Civil Veterinary Dept. Assam report 1911-1927 - 1911-1927
Year: 1911
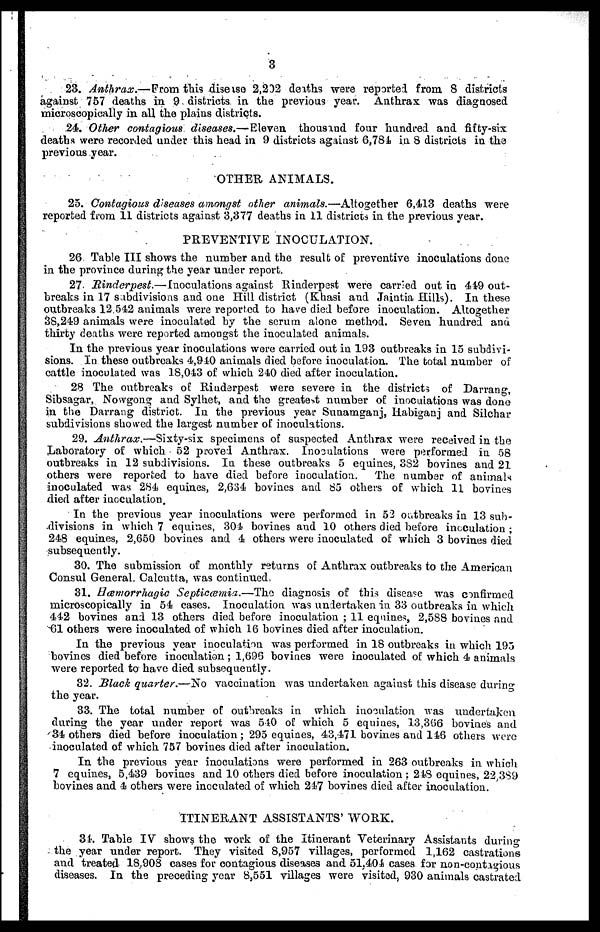
3
23. Anthrax.—From this disease 2,202 deaths ware reported from 8 districts
against 757 deaths in 9 districts in the previous year. Anthrax was diagnosed
microscopically in all the plains districts.
24. Other contagious diseases.—Eleven thousand four hundred and fifty-six
deaths were recorded under this head in 9 districts against 6,784 in 8 districts in the
previous year.
OTHER ANIMALS.
25. Contagious diseases amongst other animals.—Altogether 6,413 deaths were
reported from 11 districts against 3,377 deaths in 11 districts in the previous year.
PREVENTIVE INOCULATION.
26. Table III shows the number and the result of preventive inoculations done
in the province during the year under report.
27. Rinderpest.—Inoculations against Rinderpest were carried out in 449 out-
breaks in 17 subdivisions and one Hill district (Khasi and Jaintia Hills). In these
outbreaks 12,542 animals were reported to have died before inoculation. Altogether
38,249 animals were inoculated by the serum alone method. Seven hundred and
thirty deaths were reported amongst the inoculated animals.
In the previous year inoculations wore carried out in 193 outbreaks in 15 subdivi-
sions. In these outbreaks 4,910 animals died before inoculation. The total number of
cattle inoculated was 18,043 of which 240 died after inoculation.
28 The outbreaks of Rinderpest were severe in the districts of Darrang,
Sibsagar, Nowgong and Sylhet, and the greatest number of inoculations was done
in the Darrang district. In the previous year Sunamganj, Habiganj and Silchar
subdivisions showed the largest number of inoculations.
29. Anthrax.—Sixty-six specimens of suspected Anthrax were received in the
Laboratory of which 52 proved Anthrax. Inoculations were performed in 58
outbreaks in 12 subdivisions. In these outbreaks 5 equines, 382 bovines and 21
others were reported to have died before inoculation. The number of animals
inoculated was 284 equines, 2,634 bovines and 85 others of which 11 bovines
died after inoculation.
In the previous year inoculations were performed in 52 outbreaks in 13 sub-
divisions in which 7 equines, 301 bovines and 10 others died before inoculation ;
248 equines, 2,650 bovines and 4 others were inoculated of which 3 bovines died
subsequently.
30. The submission of monthly returns of Anthrax outbreaks to the American
Consul General. Calcutta, was continued,
31. Hæmorrhagic Septicæmia.—The diagnosis of this disease was confirmed
microscopically in 54 cases. Inoculation was undertaken in 33 outbreaks in which
442 bovines and 13 others died before inoculation ; 11 equines, 2,588 bovines and
61 others were inoculated of which 16 bovines died after inoculation.
In the previous year inoculation was performed in 18 outbreaks in which 195
bovines died before inoculation ; 1,696 bovines were inoculated of which 4 animals
were reported to have died subsequently.
32. Black quarter.—No vaccination was undertaken against this disease during
the year.
33. The total number of outbreaks in which inoculation was undertaken
during the year under report was 510 of which 5 equines, 13,366 bovines and
34 others died before inoculation; 295 equines, 43,471 bovines and 116 others were
inoculated of which 757 bovines died after inoculation.
In the previous year inoculations were performed in 263 outbreaks in which
7 equines, 5,439 bovines and 10 others died before inoculation : 248 equines, 22,389
bovines and 4 others were inoculated of which 247 bovines died after inoculation.
ITINERANT ASSISTANTS' WORK.
31. Table IV shows the work of the Itinerant Veterinary Assistants during
the year under report. They visited 8,957 villages, performed 1,162 castrations
and treated 18,908 cases for contagious diseases and 51,404 cases for non-contagious
diseases. In the preceding year 8,551 villages were visited, 930 animals castrated